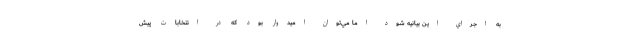
به اجراي اين بيانيه شود اما مي‌توان اميدوار بود كه در انتخابات پيش